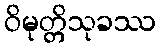
ဝိမုတ္တိသုခဿ